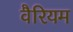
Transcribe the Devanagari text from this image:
वैरियम